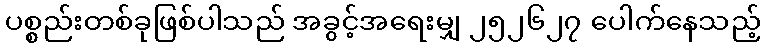
ပစ္စည်းတစ်ခုဖြစ်ပါသည် အခွင့်အရေးမျှ ၂၅၂၆၂၇ ပေါက်နေသည့်